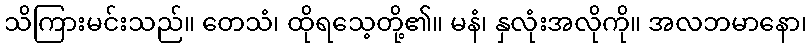
သိကြားမင်းသည်။ တေသံ၊ ထိုရသေ့တို့၏။ မနံ၊ နှလုံးအလိုကို။ အလဘမာနော၊